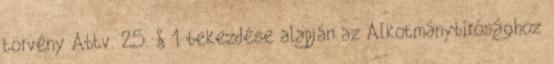
törvény Abtv. 25. § 1 bekezdése alapján az Alkotmánybírósághoz